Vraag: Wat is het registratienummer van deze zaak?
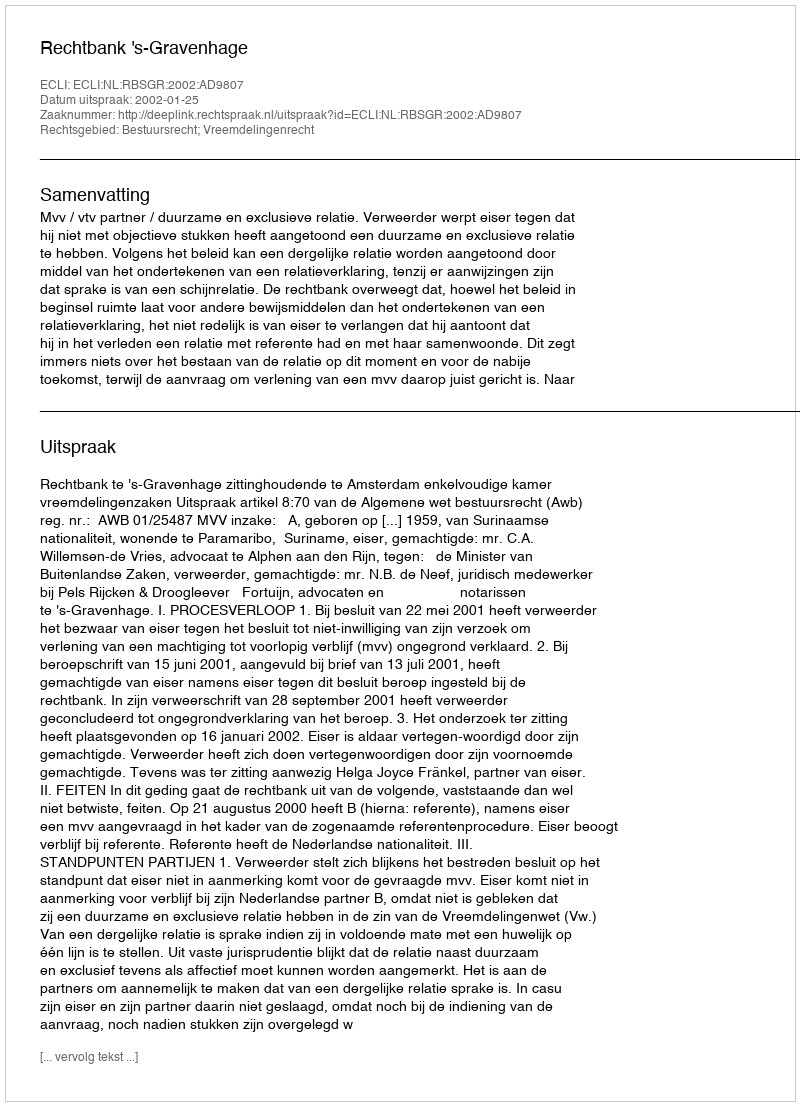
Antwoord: http://deeplink.rechtspraak.nl/uitspraak?id=ECLI:NL:RBSGR:2002:AD9807